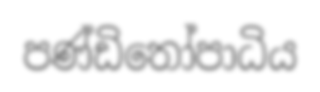
පණ්ඩිතෝපාධිය